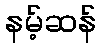
နမ့်ဆန်